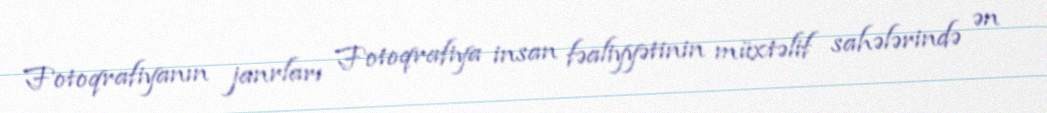
Fotoqrafiyanın janrları Fotoqrafiya insan fəaliyyətinin müxtəlif sahələrində ən